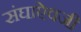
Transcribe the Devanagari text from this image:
संघाऐवजी